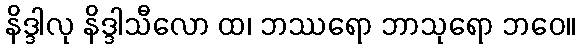
နိဒ္ဒါလု နိဒ္ဒါသီလော ထ၊ ဘဿရော ဘာသုရော ဘဝေ။